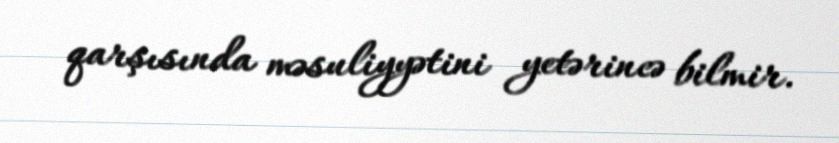
qarşısında məsuliyyətini yetərincə bilmir.